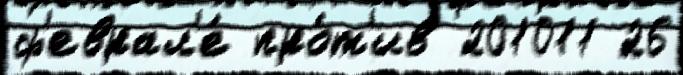
ф'еврал'е́ про́т'ив 201011 26